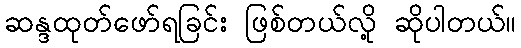
ဆန္ဒထုတ်ဖော်ရခြင်း ဖြစ်တယ်လို့ ဆိုပါတယ်။